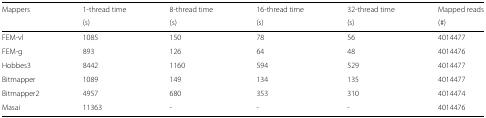
| Mappers | 1-thread time | 8-thread time | 16-thread time | 32-thread time | Mapped reads |
 |  | (s) | (s) | (s) | (s) | (#) |
 | --- | --- | --- | --- | --- | --- |
 | FEM-vl | 1085 | 150 | 78 | 56 | 4014477 |
 | FEM-g | 893 | 126 | 64 | 48 | 4014476 |
 | Hobbes3 | 8442 | 1160 | 594 | 529 | 4014477 |
 | Bitmapper | 1089 | 149 | 134 | 135 | 4014477 |
 | Bitmapper2 | 4957 | 680 | 353 | 310 | 4014474 |
 | Masai | 11363 | - | - | - | 4014476 |